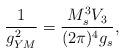
LaTeX: \begin{align*}\frac{1}{g_{YM}^2} = \frac{ M_s^3 V_3}{(2 \pi)^4 g_s},\end{align*}